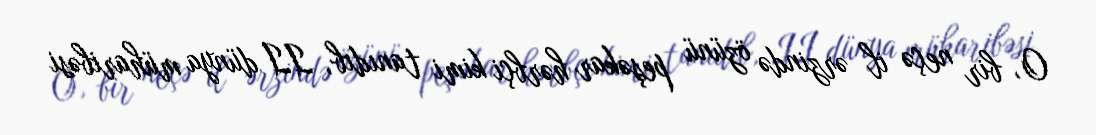
O, bir neçə il ərzində özünü peşəkar hərbçi kimi tanıdıb, II dünya müharibəsi